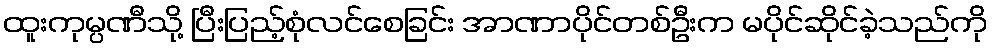
ထူးကုမ္ပဏီသို့ ပြီးပြည့်စုံလင်စေခြင်း အာဏာပိုင်တစ်ဦးက မပိုင်ဆိုင်ခဲ့သည်ကို